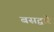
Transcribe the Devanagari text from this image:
बसद्वारे